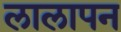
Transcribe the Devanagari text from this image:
लालापन